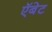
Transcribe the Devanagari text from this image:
ऍबेट